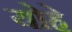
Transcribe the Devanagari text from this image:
योहे